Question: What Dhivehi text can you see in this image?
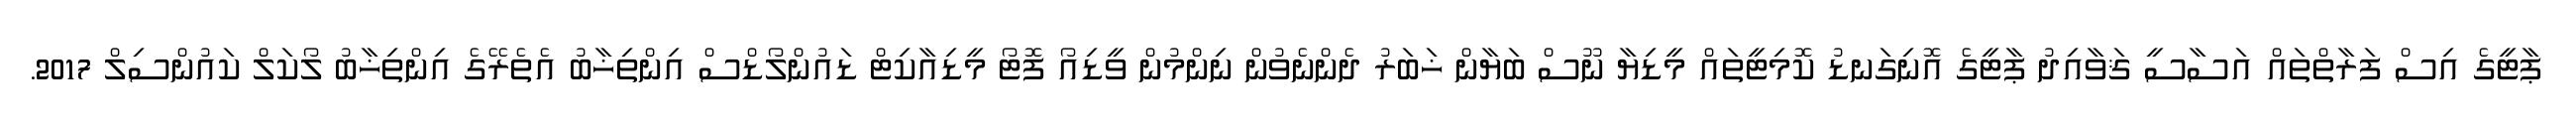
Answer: ޕާޓީގެ އިސް ފަރާތްތައް އަސާސީ ޤަވާއިދު ޕާޓީގެ އޮނިގަނޑު ކޮމިޓީތައް މީޑިޔާ ނޫސް ބަޔާން ޚަބަރު ދެންނެވުން ނިންމުން ވީޑިއޯ ފޮޓޯ މީޑިއާކިޓް ޑައުންލޯޑްސް އިންތިޚާބު އެތެރޭގެ އިންތިޚާބު ލޯކަލް ކައުންސިލް 2017.